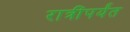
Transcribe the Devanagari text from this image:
रात्रींपर्यंत